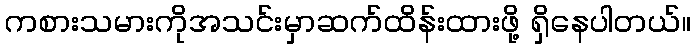
ကစားသမားကိုအသင်းမှာဆက်ထိန်းထားဖို့ ရှိနေပါတယ်။